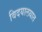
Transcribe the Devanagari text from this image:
विदयालयात